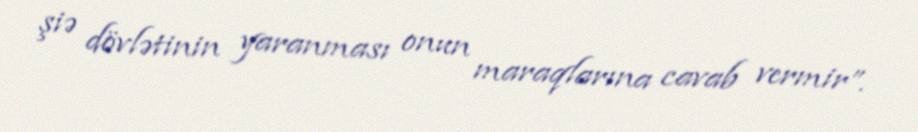
şiə dövlətinin yaranması onun maraqlarına cavab vermir”.